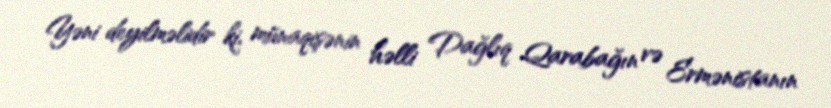
Yəni deyilməlidir ki, münaqişənin həlli Dağlıq Qarabağın və Ermənistanın